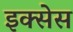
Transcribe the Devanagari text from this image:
इक्सेस